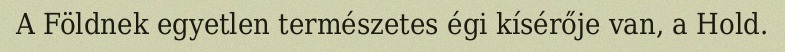
A Földnek egyetlen természetes égi kísérője van, a Hold.